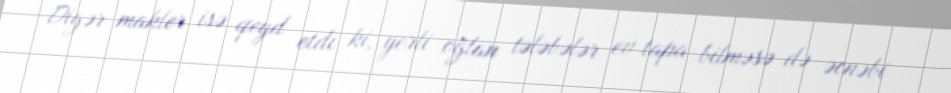
Digər makler isə qeyd etdi ki, yerli oğlan tələbələr ev tapa bilməsə də əcnəbi